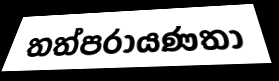
තත්පරායණතා